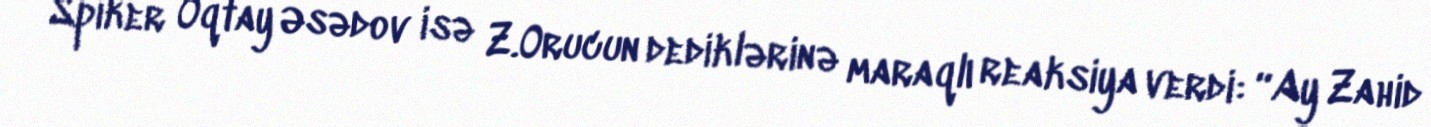
Spiker Oqtay Əsədov isə Z.Orucun dediklərinə maraqlı reaksiya verdi: “Ay Zahid